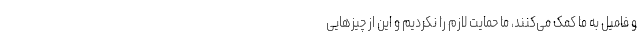
و فامیل به ما کمک می‌کنند، ما حمایت لازم را نکردیم و این از چیزهایی